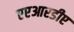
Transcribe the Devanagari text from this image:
एएआरडीए